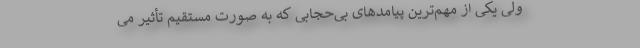
ولی یکی از مهم‌ترین پیامدهای بی‌حجابی که به صورت مستقیم تأثیر می‌